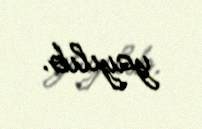
yayılıb.